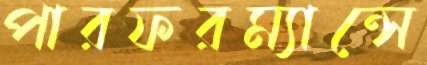
পারফরম্যান্সে